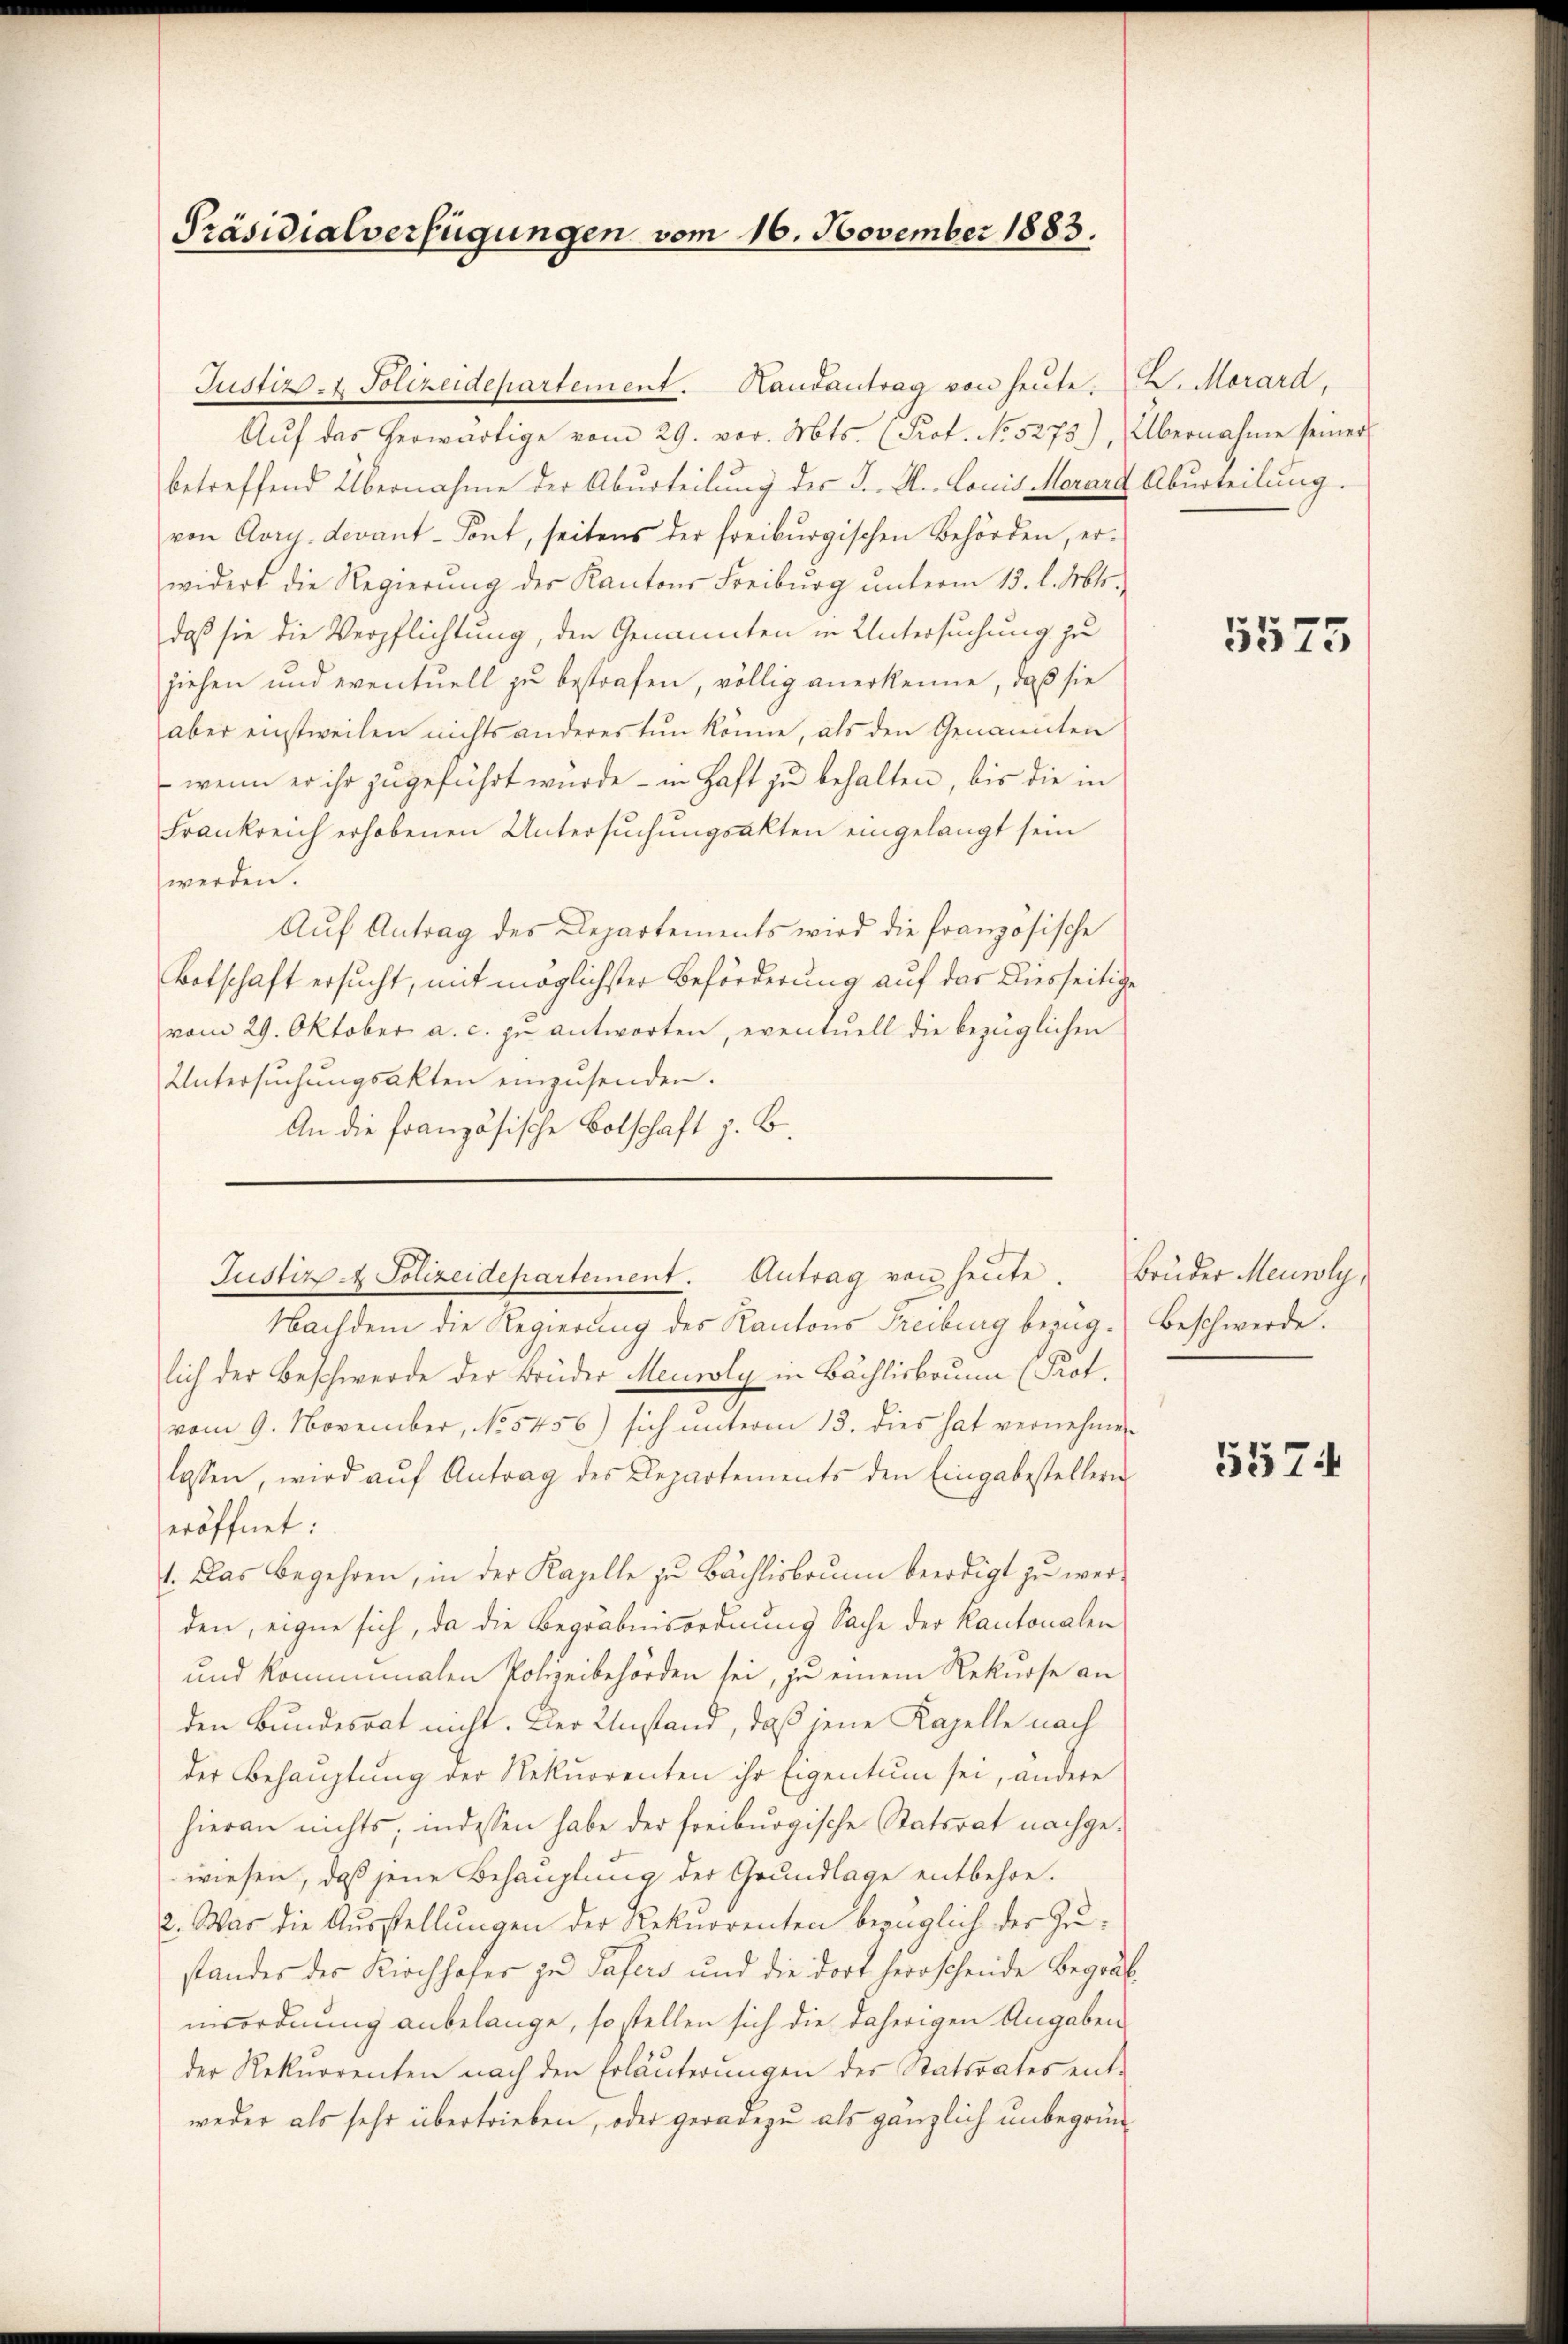
Präsidialverfügungen vom 16. November 1883.

Justiz- & Polizeidepartement. Kandantrag von heute. D. Morard,
Aŭf das herwärtige vom 29. vor. Mts. (Prof. No. 5275), Übernahme seiner
betreffend Übernahme der Aburteilung des J. H. Louis Morard Aburteilung.
von Aarg. devant-Pont, seitens der freiburgischen Behörden, er-
widert die Regierŭng der Kantons Freibŭrg ŭnterm 13. l. Mts.
daß sie die Verpflichtung, den Genannten in Untersuchung zu
ziehen und eventuell zu bestrafen, völlig anerkenne, daß sie
aber einstweilen nichts anderes tun könne, als den Genannten
wenn er ihr zugeführt wurde - in Haft zu behalten, bis die in
Frankreich erhobenen Untersuchungsakten eingelangt sein
werden.
Aŭf Antrag des Departements wird die französische
Botschaft ersucht, mit möglichster Beförderung auf das Diesseitige
vom 29. Oktober a. c. zu antworten, eventuell die bezüglichen
Untersuchungsakten einzusenden.
An die französische Botschaft z. B.

Justiz - Polizeidepartement. Antrag von heute.

Nachdem die Regierung des Kantons Freiburg bezug. Beschwerde.
lich der Beschwerde der Brüder Meuroly in Bächlisbaum (Prot.
vom 9. November, No 5456) sich unterm 13. dies hat vernehmen
lassen, wird aŭf Antrag des Departements den Eingabestellern
eröffnet:
1. Das begehren, in der Kapelle zu Bächlisbrunn beerdigt zu werden, eigne sich, da die Begräbnisordnung Sache der Kantonalen
und komminalen Polizeibehörden sei, zu einem Rekurse an
den Bundesrat nicht. Der Umstand, daß jene Kapelle nach
der Behauptung der Rekurrenten ihr Eigentum sei, andere
hieran nichts, indessen habe der freiburgische Statsrat nachgewiesen, daß jene Behauptung der Grundlage entbehre.
2. Was die Ausstellungen der Rekurrenten bezüglich der Zustandes des Kirchhofes zu Pafers und die dort herrscheide Begräb
nisordnung anbelange, so stellen sich die daherigen Angaben
der Rekurrenten nach den Erläuterungen des Statsrates entweder als sehr übertrieben, oder geradezu als gänzlich unbegrün¬

5575

Bruder Meinly,

5574